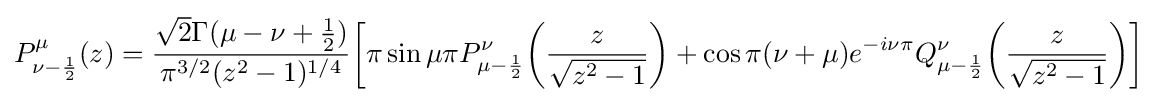
P_{\nu -{\frac {1}{2}}}^{\mu }(z)={\frac {{\sqrt {2}}\Gamma (\mu -\nu +{\frac {1}{2}})}{\pi ^{3/2}(z^{2}-1)^{1/4}}}{\biggl [}\pi \sin \mu \pi P_{\mu -{\frac {1}{2}}}^{\nu }{\biggl (}{\frac {z}{\sqrt {z^{2}-1}}}{\biggr )}+\cos \pi (\nu +\mu )e^{-i\nu \pi }Q_{\mu -{\frac {1}{2}}}^{\nu }{\biggl (}{\frac {z}{\sqrt {z^{2}-1}}}{\biggr )}{\biggr ]}